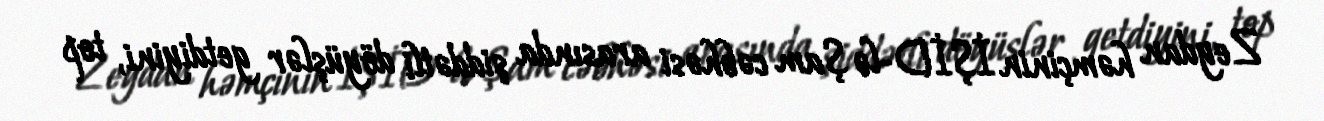
Zeydan həmçinin İŞİD-lə Şam cəbhəsi arasında şiddətli döyüşlər getdiyini, top